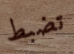
تضبط